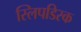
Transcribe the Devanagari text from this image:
स्लिपडिस्क